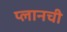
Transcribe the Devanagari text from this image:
प्लानची